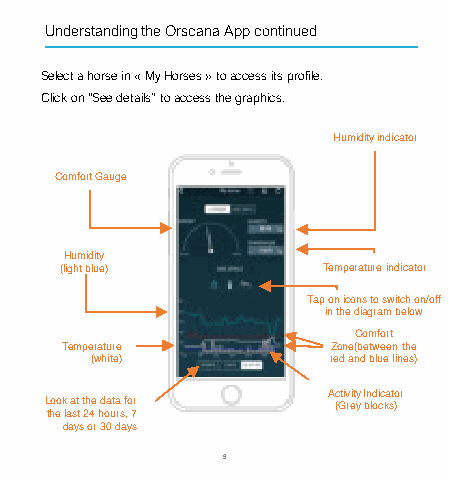
Understanding the Orscana App continued
 Selectahorsein«MyHorses»toaccessitsprofile.
 Clickon“Seedetails”toaccessthegraphics.
 Humidity indicator
 Comfort Gauge
 Humidity
 (light blue)     Temperature indicator
 Tap on icons to switch on/off
 in the diagram below
 Comfort
 Temperature       Zone(between the
 (white)         red and blue lines)
 Activity Indicator
 Look at the data for (Grey blocks)
 the last 24 hours, 7
 days or 30 days
 9